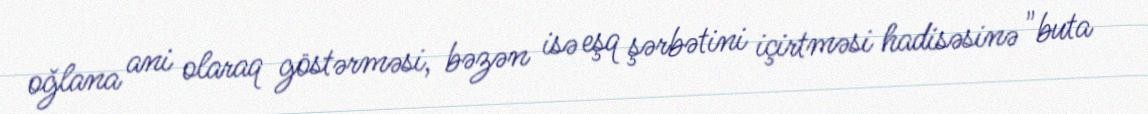
oğlana ani olaraq göstərməsi, bəzən isə eşq şərbətini içirtməsi hadisəsinə "buta